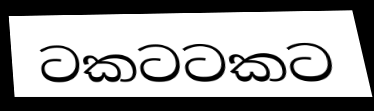
ටකටටකට